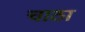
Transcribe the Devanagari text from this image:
चाठा